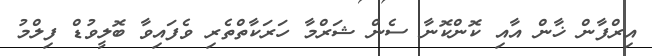
އިރްފާން ޚާން އާއި ކޮންކޮނާ ސެން ޝަރްމާ ހަރަކާތްތެރި ވެފައިވާ ބޮލީވުޑް ފިލްމު